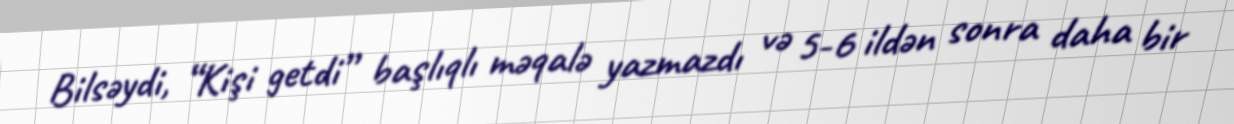
Bilsəydi, “Kişi getdi” başlıqlı məqalə yazmazdı və 5-6 ildən sonra daha bir